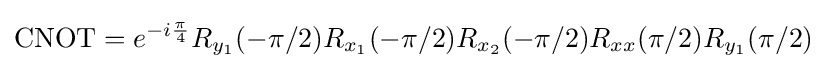
{\mbox{CNOT}}=e^{-i{\frac {\pi }{4}}}R_{y_{1}}(-\pi /2)R_{x_{1}}(-\pi /2)R_{x_{2}}(-\pi /2)R_{xx}(\pi /2)R_{y_{1}}(\pi /2)